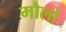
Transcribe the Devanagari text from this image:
मौलो